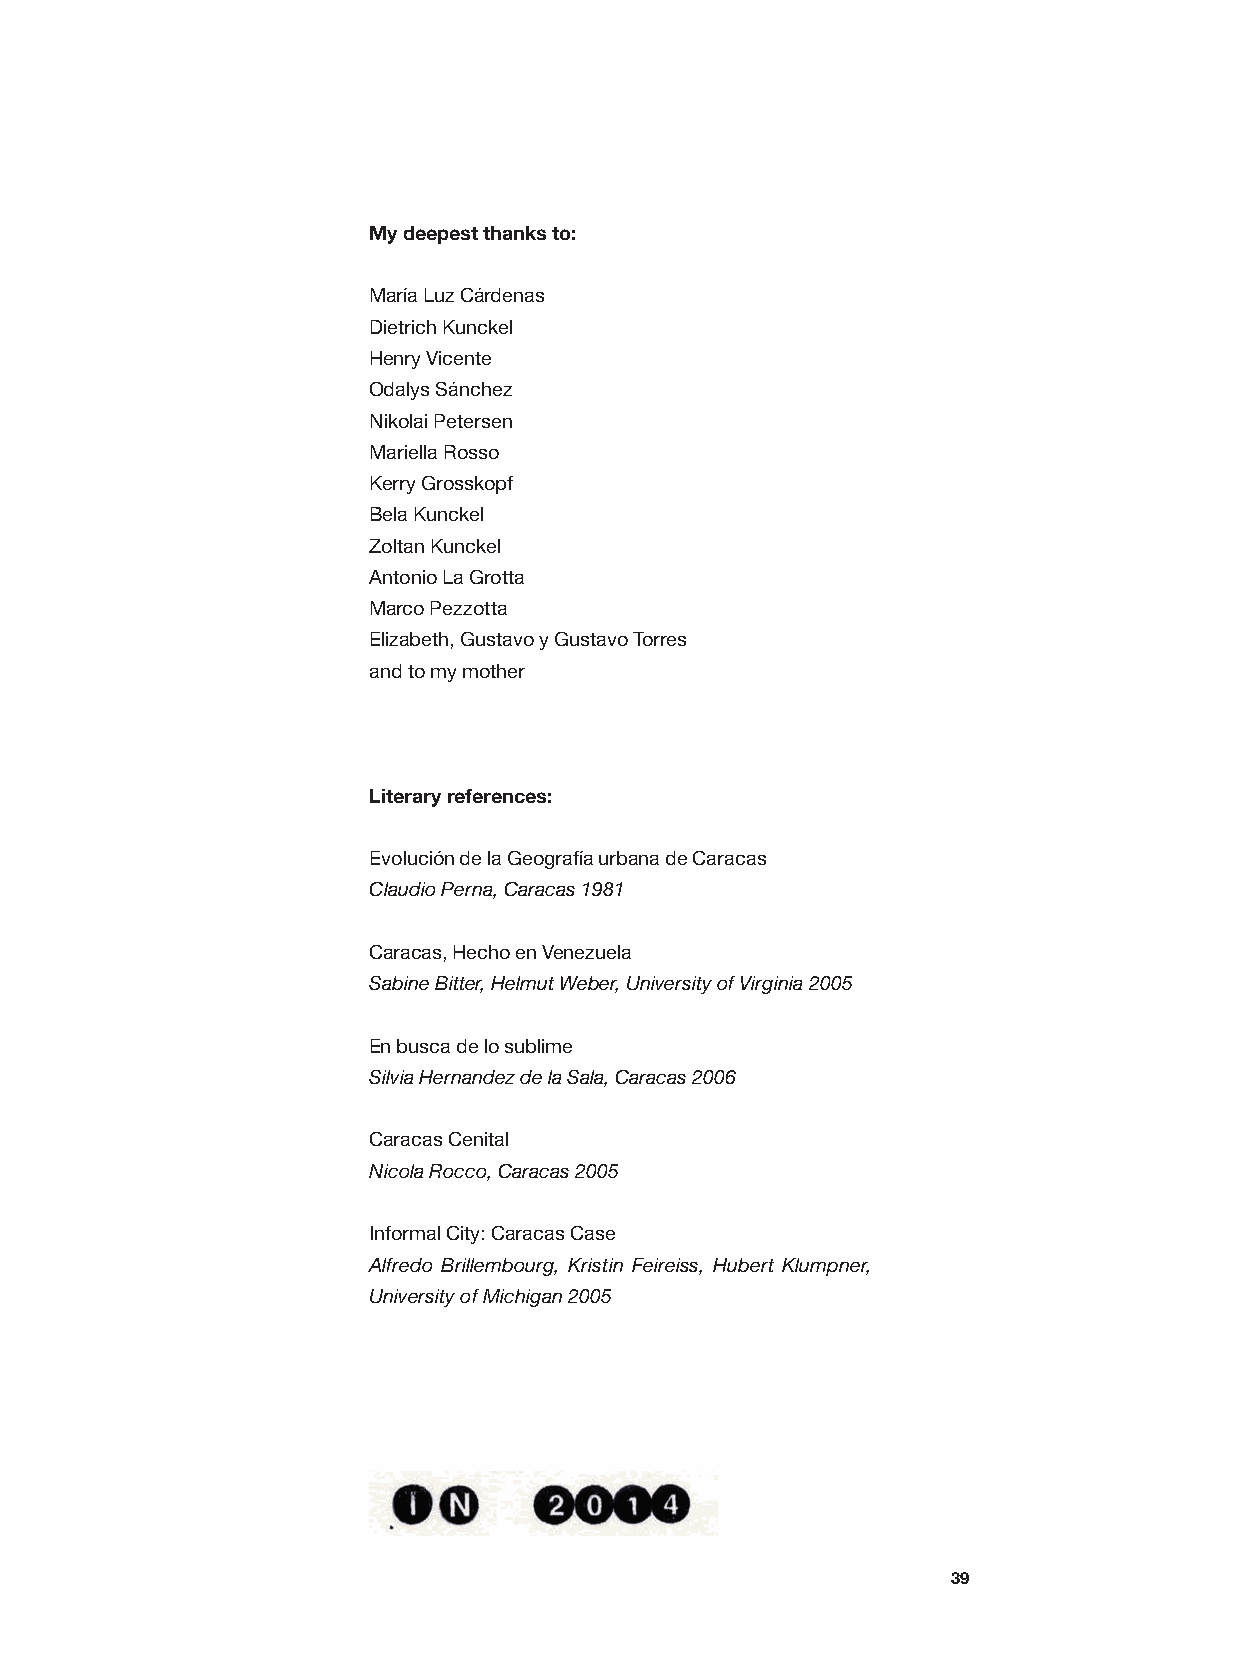
My deepest thanks to:
 María Luz Cárdenas
 Dietrich Kunckel
 Henry Vicente
 Odalys Sánchez
 Nikolai Petersen
 Mariella Rosso
 Kerry Grosskopf
 Bela Kunckel
 Zoltan Kunckel
 Antonio La Grotta
 Marco Pezzotta
 Elizabeth, Gustavo y Gustavo Torres
 and to my mother
 Literary references:
 Evolución de la Geografía urbana de Caracas
 Claudio Perna, Caracas 1981
 Caracas, Hecho en Venezuela
 Sabine Bitter, Helmut Weber, University of Virginia 2005
 En busca de lo sublime
 Silvia Hernandez de la Sala, Caracas 2006
 Caracas Cenital
 Nicola Rocco, Caracas 2005
 Informal City: Caracas Case
 Alfredo Brillembourg, Kristin Feireiss, Hubert Klumpner,
 University of Michigan 2005
 39